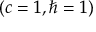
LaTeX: ( c = 1 , \hbar = 1 )